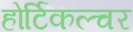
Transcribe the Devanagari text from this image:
होर्टिकल्चर